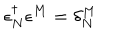
\epsilon _ { N } ^ { \dagger } \epsilon ^ { M } = \delta _ { N } ^ { M }